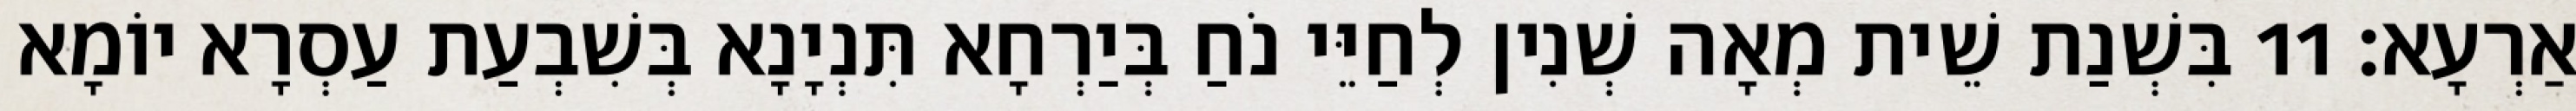
אַרְעָא׃ 11 בִּשְׁנַת שֵׁית מְאָה שְׁנִין לְחַיֵּי נֹחַ בְּיַרְחָא תִּנְיָנָא בְּשִׁבְעַת עַסְרָא יוֹמָא